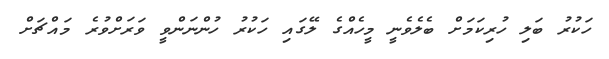
ހަކުރު ބަލި ހުރިކަމަށް ބެލެވެނީ މީހެއްގެ ލޭގައި ހަކުރު ހުންނަންވީ ވަރަށްވުރެ މައްޗަށް